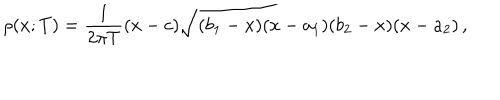
\rho ( x ; T ) = \frac { 1 } { 2 \pi T } ( x - c ) \sqrt { ( b _ { 1 } - x ) ( x - a _ { 1 } ) ( b _ { 2 } - x ) ( x - a _ { 2 } ) } \, ,